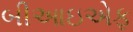
બીઆઇએફ